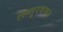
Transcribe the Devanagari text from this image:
लातूरवरून